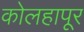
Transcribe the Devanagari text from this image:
कोलहापूर